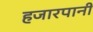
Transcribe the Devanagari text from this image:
हजारपानी